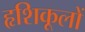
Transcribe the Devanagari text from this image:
हृशिकूलों